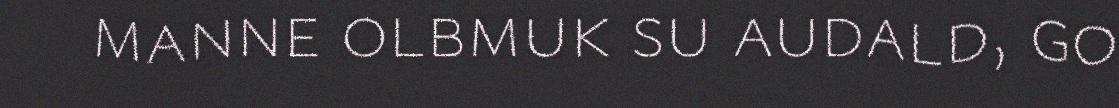
manne olbmuk su audald, go